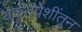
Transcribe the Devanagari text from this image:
यकृतपेशींतून